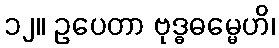
၁၂။ ဥပေတာ ဗုဒ္ဓဓမ္မေဟိ၊